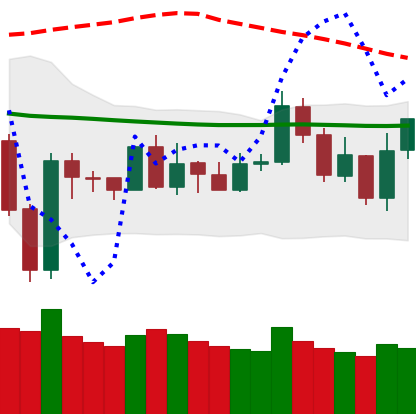
Ticker: NEO-USD
Chart end date: 2020-01-04
Forward return: 3.141%
Label: up_3_5